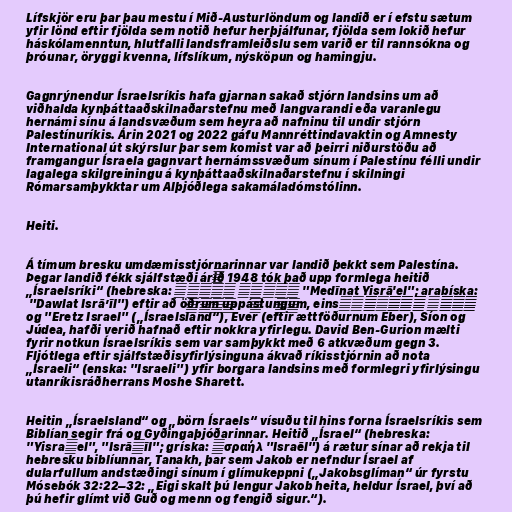
Lífskjör eru þar þau mestu í Mið-Austurlöndum og landið er í efstu sætum
yfir lönd eftir fjölda sem notið hefur herþjálfunar, fjölda sem lokið hefur
háskólamenntun, hlutfalli landsframleiðslu sem varið er til rannsókna og
þróunar, öryggi kvenna, lífslíkum, nýsköpun og hamingju.

Gagnrýnendur Ísraelsríkis hafa gjarnan sakað stjórn landsins um að
viðhalda kynþáttaaðskilnaðarstefnu með langvarandi eða varanlegu
hernámi sínu á landsvæðum sem heyra að nafninu til undir stjórn
Palestínuríkis. Árin 2021 og 2022 gáfu Mannréttindavaktin og Amnesty
International út skýrslur þar sem komist var að þeirri niðurstöðu að
framgangur Ísraela gagnvart hernámssvæðum sínum í Palestínu félli undir
lagalega skilgreiningu á kynþáttaaðskilnaðarstefnu í skilningi
Rómarsamþykktar um Alþjóðlega sakamáladómstólinn.

Heiti.

Á tímum bresku umdæmisstjórnarinnar var landið þekkt sem Palestína.
Þegar landið fékk sjálfstæði árið 1948 tók það upp formlega heitið
„Ísraelsríki“ (hebreska: מְדִינַת יִשְׂרָאֵל "Medīnat Yisrā'el"; arabíska:
دَوْلَة إِسْرَائِيل‎ "Dawlat Isrāʼīl") eftir að öðrum uppástungum, eins
og "Eretz Israel" („Ísraelsland“), Ever (eftir ættföðurnum Eber), Síon og
Júdea, hafði verið hafnað eftir nokkra yfirlegu. David Ben-Gurion mælti
fyrir notkun Ísraelsríkis sem var samþykkt með 6 atkvæðum gegn 3.
Fljótlega eftir sjálfstæðisyfirlýsinguna ákvað ríkisstjórnin að nota
„Ísraeli“ (enska: "Israeli") yfir borgara landsins með formlegri yfirlýsingu
utanríkisráðherrans Moshe Sharett.

Heitin „Ísraelsland“ og „börn Ísraels“ vísuðu til hins forna Ísraelsríkis sem
Biblían segir frá og Gyðingaþjóðarinnar. Heitið „Ísrael“ (hebreska:
"Yisraʾel", "Isrāʾīl"; gríska: Ἰσραήλ "Israēl") á rætur sínar að rekja til
hebresku biblíunnar, Tanakh, þar sem Jakob er nefndur Ísrael af
dularfullum andstæðingi sínum í glímukeppni („Jakobsglíman“ úr fyrstu
Mósebók 32:22–32: „Eigi skalt þú lengur Jakob heita, heldur Ísrael, því að
þú hefir glímt við Guð og menn og fengið sigur.“).